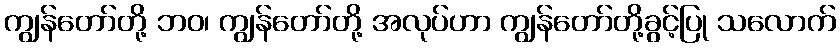
ကျွန်တော်တို့ ဘဝ၊ ကျွန်တော်တို့ အလုပ်ဟာ ကျွန်တော်တို့ခွင့်ပြု သလောက်